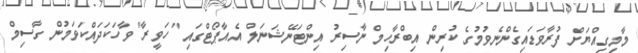
މާމިގިއްޔަށް ފުރާވަޑައިގެންނެވުމުގެ ކުރިން އިބްރާހިމް ނާސިރު އިންޓަނޭޝަނަލް އެއާޕޯޓްގައި "ހަވީރާ" ވާހަކަދައްކަވަމުން ގާސިމް